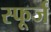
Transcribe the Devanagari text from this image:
स्फूर्ज